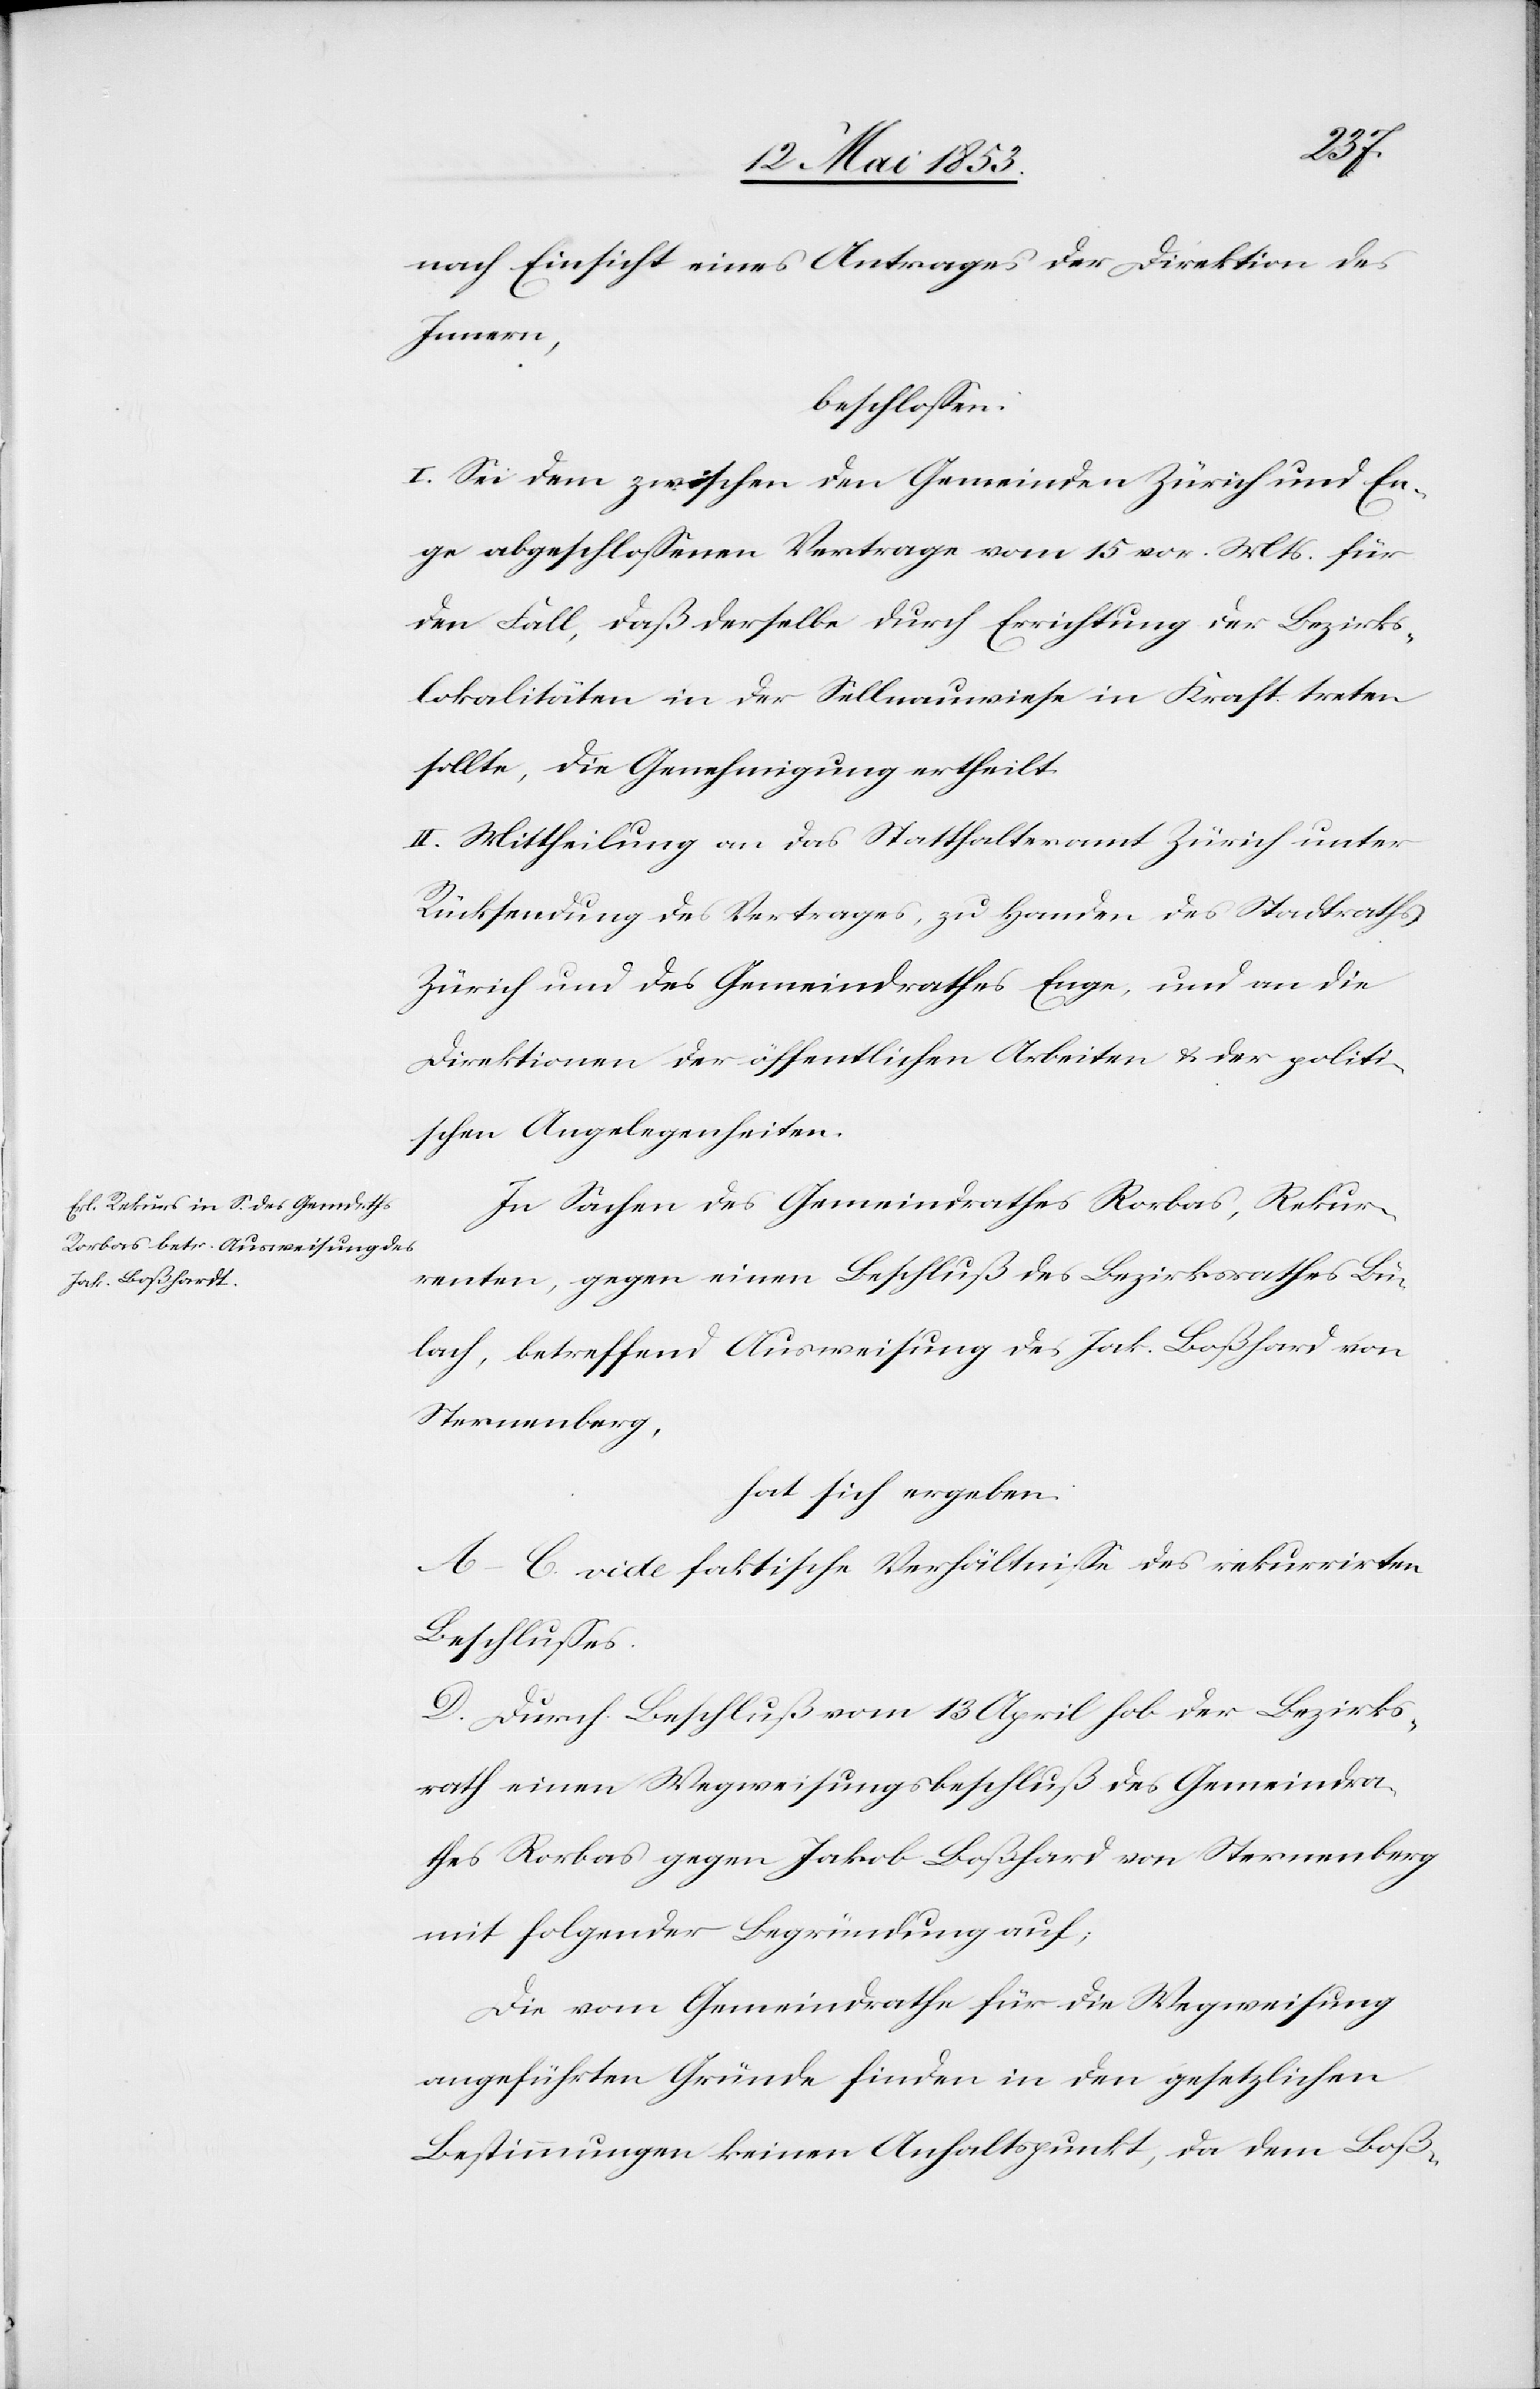
nach Einsicht eines Antrages der Direktion des
Innern,
beschloßen:
I. Sei dem zwischen den Gemeinden Zürich und En¬
ge abgeschloßenen Vertrage vom 15 vor. Mts. für
den Fall, daß derselbe durch Errichtung der Bezirks¬
lokalitäten in der Sellnauwiese in Kraft treten
sollte, die Genehmigung ertheilt.
II. Mittheilung an das Statthalteramt Zürich unter
Rücksendung des Vertrages, zu Handen des Stadtrathes
Zürich und des Gemeindrathes Enge, und an die
Direktionen der öffentlichen Arbeiten u. der politi¬
schen Angelegenheiten.
In Sachen des Gemeindrathes Rorbas, Rekur¬
renten, gegen einen Beschluß des Bezirksrathes Bü¬
lach, betreffend Ausweisung des Jak. Boßhard von
Sternenberg,
hat sich ergeben:
A–C. vide faktische Verhältniße des rekurrirten
Beschlußes.
D. Durch Beschluß vom 13 April hob der Bezirks¬
rath einem Wegweisungsbeschluß des Gemeindra¬
thes Rorbas gegen Jakob Boßhard von Sternenberg
mit folgender Begründung auf;
Die vom Gemeindrathe für die Wegweisung
angeführten Gründe finden in den gesetzlichen
Bestimmungen keinen Anhaltspunkt, da dem Boß-